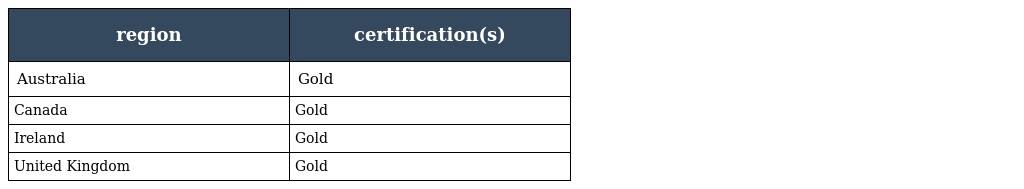
| region | certification(s) |
 | --- | --- |
 | Australia | Gold |
 | Canada | Gold |
 | Ireland | Gold |
 | United Kingdom | Gold |